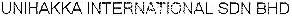
UNIHAKKA INTERNATIONAL SDN BHD